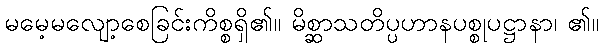
မမေ့မလျော့စေခြင်းကိစ္စရှိ၏။ မိစ္ဆာသတိပ္ပဟာနပစ္စုပဋ္ဌာနာ၊ ၏။